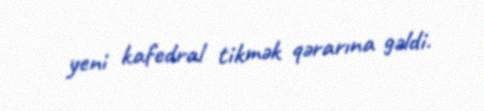
yeni kafedral tikmək qərarına gəldi.